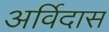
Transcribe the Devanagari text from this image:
अर्विदास